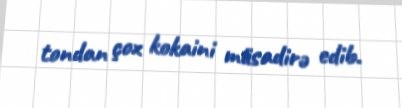
tondan çox kokaini müsadirə edib.